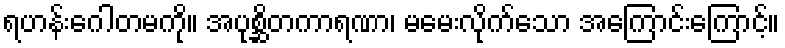
ရဟန်းဂေါတမကို။ အပုစ္ဆိတကာရဏာ၊ မမေးလိုက်သော အကြောင်းကြောင့်။